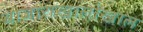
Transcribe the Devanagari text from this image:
बाजाराखालोखाल